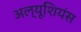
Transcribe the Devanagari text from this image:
अल्यूशियंस